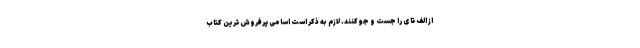
از الف تا ی را جست و جو کنند. لازم به ذکر است اسامی پرفروش ترین کتاب